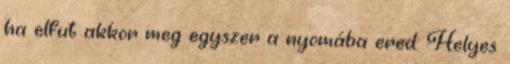
ha elfut akkor meg egyszer a nyomába ered. Helyes